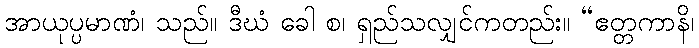
အာယုပ္ပမာဏံ၊ သည်။ ဒီဃံ ခေါ စ၊ ရှည်သလျှင်ကတည်း။ “ဧတ္တကာနိ၊